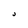
Character: J